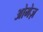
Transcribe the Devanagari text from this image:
ओमेज़